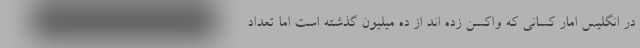
در انگلیس امار کسانی که واکسن زده اند از ده میلیون گذشته است اما تعداد